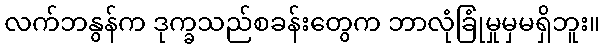
လက်ဘနွန်က ဒုက္ခသည်စခန်းတွေက ဘာလုံခြုံမှုမှမရှိဘူး။